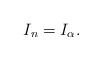
LaTeX: \begin{align*}I_n=I_\alpha.\end{align*}